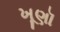
ખૂણૉ